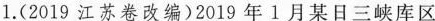
1.(2019江苏卷改编)2019年1月某日三峡库区